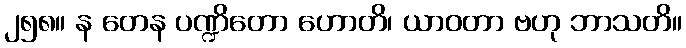
၂၅၈။ န တေန ပဏ္ဍိတော ဟောတိ၊ ယာဝတာ ဗဟု ဘာသတိ။